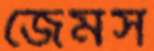
জেমস